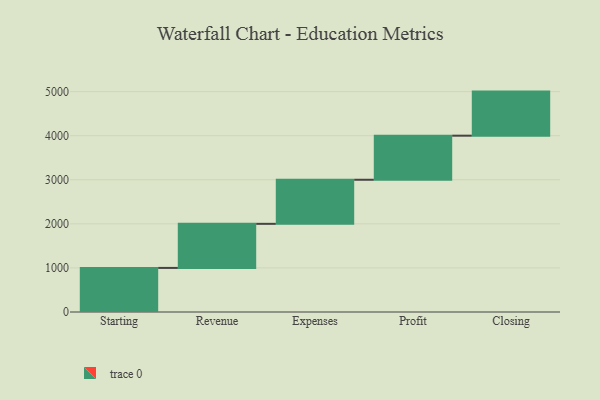
{"axis": {"x": "Step", "y": "Value"}, "legend": [""], "data": [{"x": "Starting", "y": 1000, "type": ""}, {"x": "Revenue", "y": 1000, "type": ""}, {"x": "Expenses", "y": 1000, "type": ""}, {"x": "Profit", "y": 1000, "type": ""}, {"x": "Closing", "y": 1000, "type": ""}]}